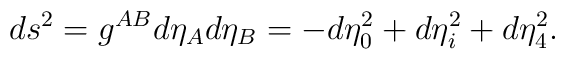
ds^2 = g^{AB}d\eta_A d\eta_B = -d\eta_0^2 + d\eta_i^2 + d\eta_4^2.